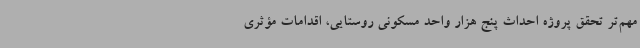
مهم‌تر تحقق پروژه احداث پنج هزار واحد مسکونی روستایی، اقدامات مؤثری